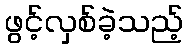
ဖွင့်လှစ်ခဲ့သည့်